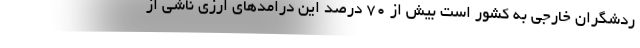
ردشگران خارجی به کشور است بیش از ۷۰ درصد این درامدهای ارزی ناشی از